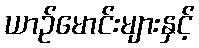
ယာဉ်မောင်းများနှင့်